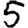
Digit: 5